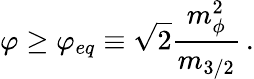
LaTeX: \varphi\geq\varphi_{eq}\equiv\sqrt{2}\frac{m_{\phi}^{2}}{m_{3/2}}\, .